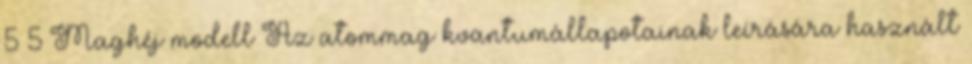
5 5 Maghéj modell Az atommag kvantumállapotainak leírására használt